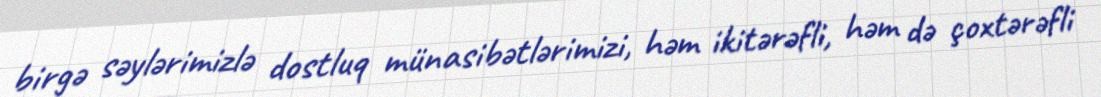
birgə səylərimizlə dostluq münasibətlərimizi, həm ikitərəfli, həm də çoxtərəfli